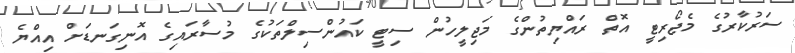
ސަރުކާރުގެ މެޖޯރިޓީ އޮތް ރައްޔިތުންގެ މަޖިލީހުން ސިޓީ ކައުންސިލްތަކުގެ މުސާރައިގެ އޮނިގަނޑަށް އިއްޔެ